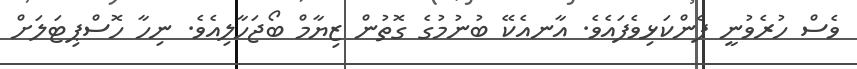
ވެސް ހުރެވުނީ ފެންކަޅިވެފައެވެ. އާނއެކޭ ބުނުމުގެ ގޮތުން ޒިޔާމް ބޯޖަހާލިއެވެ. ނިހާ ހޮސްޕިޓަލަށް